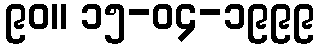
၉၀။ ၁၅-၀၄-၁၉၉၉